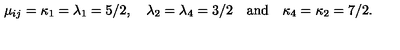
\mu _ { i j } = \kappa _ { 1 } = \lambda _ { 1 } = 5 / 2 , \quad \lambda _ { 2 } = \lambda _ { 4 } = 3 / 2 \quad \mathrm { a n d \quad } \kappa _ { 4 } = \kappa _ { 2 } = 7 / 2 .